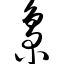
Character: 枭